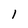
Character: 1